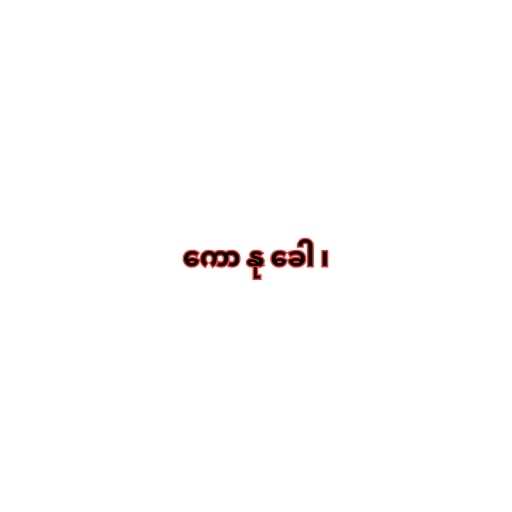
ကော နု ခေါ ၊